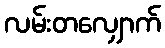
လမ်းတလျှောက်